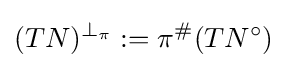
(TN)^{\perp _{\pi }}:=\pi ^{\#}(TN^{\circ })